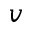
\boldsymbol { v }